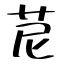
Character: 苨